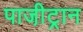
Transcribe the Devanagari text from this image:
पाजी़ट्रान